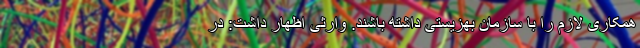
همکاری لازم را با سازمان بهزیستی داشته باشند. وارثی اظهار داشت: در